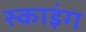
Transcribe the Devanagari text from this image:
स्काइंग